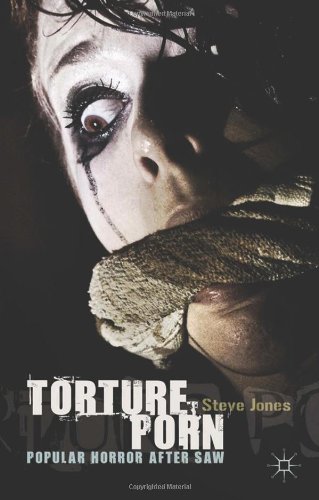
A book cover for Torture Porn: Popular Horror after Saw; Steve Jones; Politics & Social Sciences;